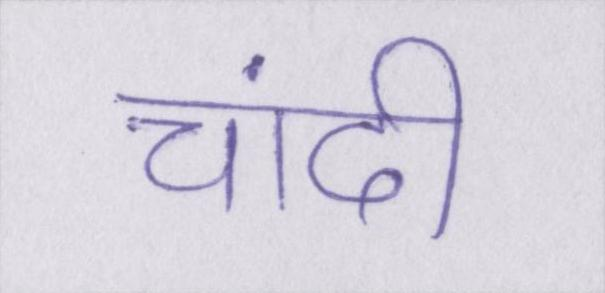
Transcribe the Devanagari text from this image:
चांदी